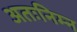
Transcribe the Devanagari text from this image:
अतःनिम्न